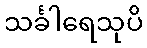
သင်္ခါရေသုပိ